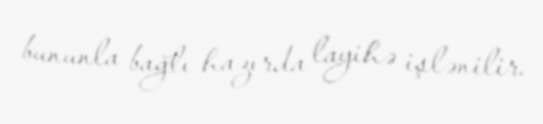
bununla bağlı hazırda layihə işlənilir.